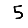
Digit: 5